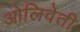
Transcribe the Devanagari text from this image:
ओलिवेती